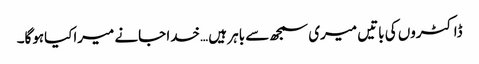
ڈاکٹروں کی باتیں میری سمجھ سے باہر ہیں …خدا جانے میراکیاہوگا۔